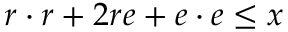
\, r \cdot r + 2 r e + e \cdot e \leq x